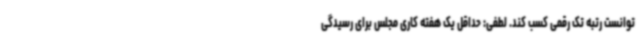
توانست رتبه تک رقمی کسب کند. لطفی: حداقل یک هفته کاری مجلس برای رسیدگی